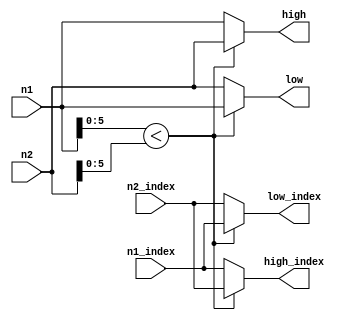
//////////////////////////////////////////////////////////////////////////////////
// Design Name:  LDPC node computation
// Module Name:  check_node_comp
// Project Name: Low Density Parity Check
/////////////////////////////////////////////////////////////////////////////

module check_node_comp (
   input wire [6:0] n1,
   input wire [1:0] n1_index,
   input wire [6:0] n2,
   input wire [1:0] n2_index,
   output reg [6:0] low,
   output reg [1:0] low_index,
   output reg [6:0] high,
   output reg [1:0] high_index
);

   always @(*) begin

      if (n1[5:0] < n2[5:0]) begin
         low = n1;
         low_index = n1_index;
         high = n2;
         high_index = n2_index;
      end

      else begin
         low = n2;
         low_index = n2_index;
         high = n1;
         high_index = n1_index;
      end

   end

endmodule